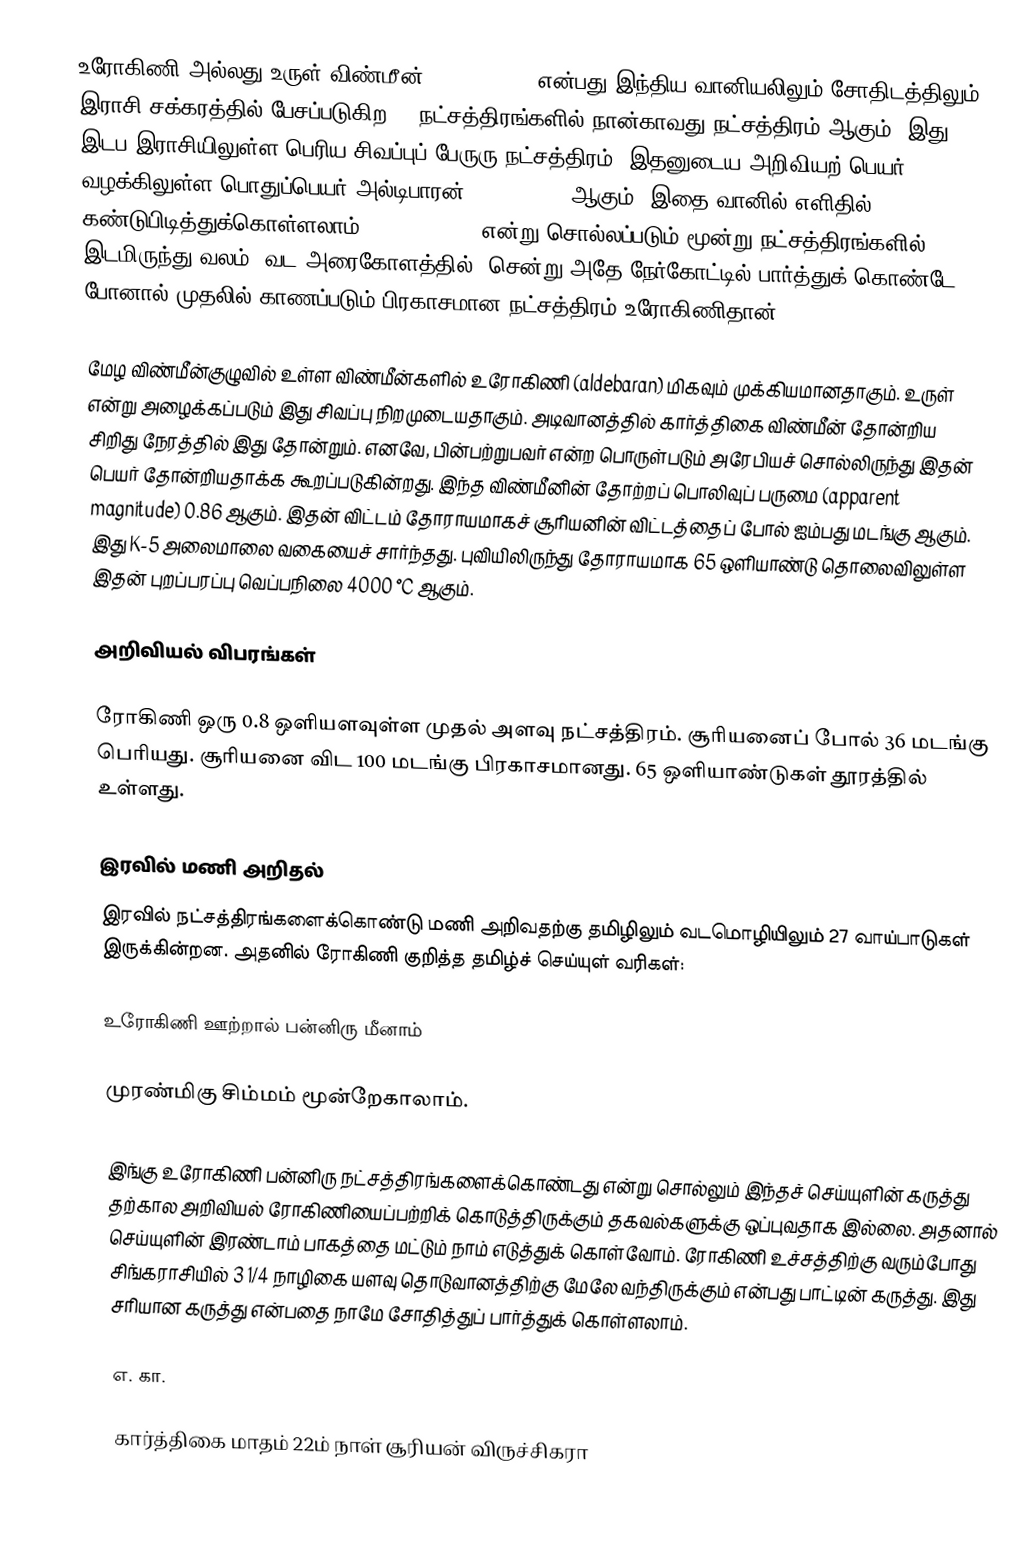
உரோகிணி அல்லது உருள்(விண்மீன்) (Aldebaran) என்பது இந்திய வானியலிலும் சோதிடத்திலும் இராசி சக்கரத்தில் பேசப்படுகிற 27 நட்சத்திரங்களில் நான்காவது நட்சத்திரம் ஆகும். இது இடப இராசியிலுள்ள பெரிய சிவப்புப் பேருரு நட்சத்திரம். இதனுடைய அறிவியற் பெயர் . வழக்கிலுள்ள பொதுப்பெயர் அல்டிபாரன் (Aldebaran) ஆகும். இதை வானில் எளிதில் கண்டுபிடித்துக்கொள்ளலாம். Orion's Belt என்று சொல்லப்படும் மூன்று நட்சத்திரங்களில் இடமிருந்து வலம் (வட அரைகோளத்தில்) சென்று அதே நேர்கோட்டில் பார்த்துக் கொண்டே போனால் முதலில் காணப்படும் பிரகாசமான நட்சத்திரம் உரோகிணிதான்.

மேழ விண்மீன்குழுவில் உள்ள விண்மீன்களில் உரோகிணி (aldebaran) மிகவும் முக்கியமானதாகும். உருள் என்று அழைக்கப்படும் இது சிவப்பு நிறமுடையதாகும். அடிவானத்தில் கார்த்திகை விண்மீன் தோன்றிய சிறிது நேரத்தில் இது தோன்றும். எனவே, பின்பற்றுபவர் என்ற பொருள்படும் அரேபியச் சொல்லிருந்து இதன் பெயர் தோன்றியதாக்க கூறப்படுகின்றது. இந்த விண்மீனின் தோற்றப் பொலிவுப் பருமை (apparent magnitude) 0.86 ஆகும். இதன் விட்டம் தோராயமாகச் சூரியனின் விட்டத்தைப் போல் ஐம்பது மடங்கு ஆகும். இது K-5 அலைமாலை வகையைச் சார்ந்தது. புவியிலிருந்து தோராயமாக 65 ஒளியாண்டு தொலைவிலுள்ள இதன் புறப்பரப்பு வெப்பநிலை 4000 °C ஆகும்.

அறிவியல் விபரங்கள்

ரோகிணி ஒரு 0.8 ஒளியளவுள்ள முதல் அளவு நட்சத்திரம். சூரியனைப் போல் 36 மடங்கு பெரியது. சூரியனை விட 100 மடங்கு பிரகாசமானது. 65 ஒளியாண்டுகள் தூரத்தில் உள்ளது.

இரவில் மணி அறிதல்
இரவில் நட்சத்திரங்களைக்கொண்டு மணி அறிவதற்கு தமிழிலும் வடமொழியிலும் 27 வாய்பாடுகள் இருக்கின்றன. அதனில் ரோகிணி குறித்த தமிழ்ச் செய்யுள் வரிகள்:

உரோகிணி ஊற்றால் பன்னிரு மீனாம்

முரண்மிகு சிம்மம் மூன்றேகாலாம்.

இங்கு உரோகிணி பன்னிரு நட்சத்திரங்களைக்கொண்டது என்று சொல்லும் இந்தச் செய்யுளின் கருத்து தற்கால அறிவியல் ரோகிணியைப்பற்றிக் கொடுத்திருக்கும் தகவல்களுக்கு ஒப்புவதாக இல்லை. அதனால் செய்யுளின் இரண்டாம் பாகத்தை மட்டும் நாம் எடுத்துக் கொள்வோம். ரோகிணி உச்சத்திற்கு வரும்போது சிங்கராசியில் 3 1/4 நாழிகை யளவு தொடுவானத்திற்கு மேலே வந்திருக்கும் என்பது பாட்டின் கருத்து. இது சரியான கருத்து என்பதை நாமே சோதித்துப் பார்த்துக் கொள்ளலாம்.

எ. கா.

கார்த்திகை மாதம் 22ம் நாள் சூரியன் விருச்சிகரா